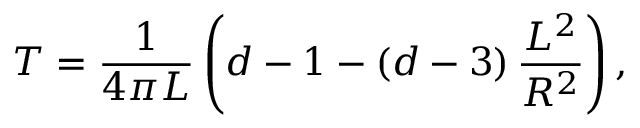
T = \frac { 1 } { 4 \pi L } \left( d - 1 - \left( d - 3 \right) \frac { L ^ { 2 } } { R ^ { 2 } } \right) ,